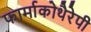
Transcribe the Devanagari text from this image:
फार्माकोथैरेपी